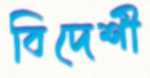
বিদেশী